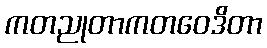
ကတညုတာကတဝေဒိတာ